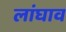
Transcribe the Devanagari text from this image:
लांघाव